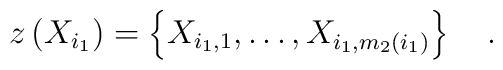
z\left( X_{i_1}\right) =\left\{ X_{i_1,1},\ldots,X_{i_1,m_2\left( i_1\right) }\right\} \quad .